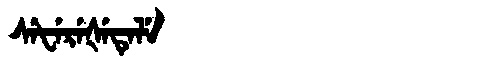
Manchu: ᠰᡝᡶᡝᡵᡝᡧᡝᡨᡝᠯᡝ
Romanization: SEFEREŠETELE